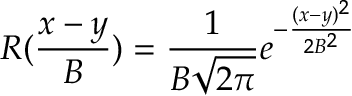
R ( \frac { x - y } { B } ) = \frac { 1 } { B \sqrt { 2 \pi } } e ^ { - \frac { ( x - y ) ^ { 2 } } { 2 B ^ { 2 } } }